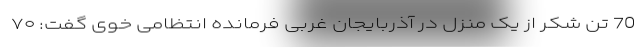
70 تن شکر از یک منزل در آذربایجان غربی فرمانده انتظامی خوی گفت: ۷۰